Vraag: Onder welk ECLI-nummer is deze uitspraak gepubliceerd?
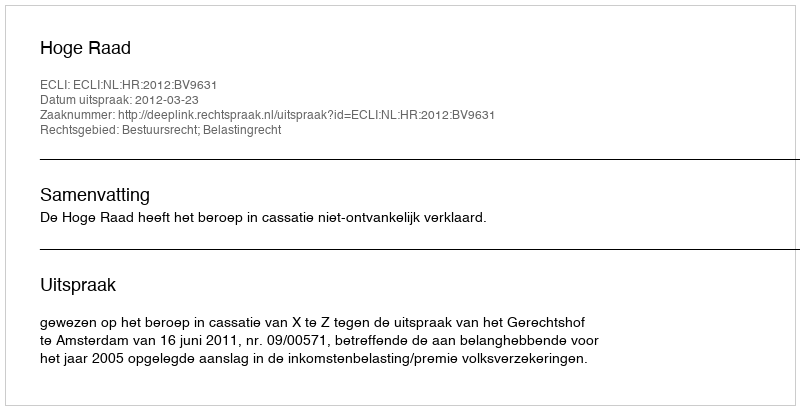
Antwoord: ECLI:NL:HR:2012:BV9631